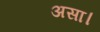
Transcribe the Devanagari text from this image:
असा।